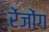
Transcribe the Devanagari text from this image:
रेंजोंग